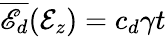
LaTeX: \overline{{\mathscr{E}_{d}}}(\mathcal{E}_{z})=c_{d}\gamma t